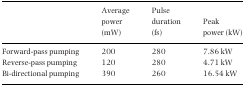
|  | Average power (mW) | Pulse duration (fs) | Peak power (kW) |
 | --- | --- | --- | --- |
 | Forward-pass pumping | 200 | 280 | 7.86 kW |
 | Reverse-pass pumping | 120 | 280 | 4.71 kW |
 | Bi-directional pumping | 390 | 260 | 16.54 kW |